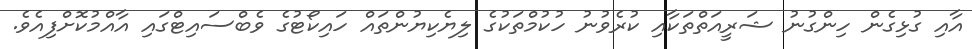
އާއި ގުޅިގެން ހިންގުނު ޝަރީއަތްތަކާއި ކުރެވުނު ހުކުމްތަކުގެ ލިޔެކިޔުންތައް ހައިކޯޓުގެ ވެބްސައިޓްގައި އާއްމުކޮށްފިއެވެ.